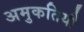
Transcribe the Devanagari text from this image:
अमुकतियौ